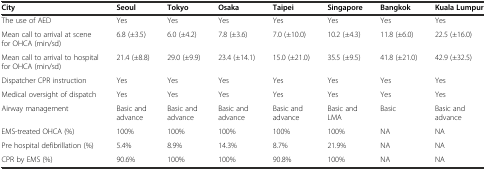
<table><thead><tr><td><b>City</b></td><td><b>Seoul</b></td><td><b>Tokyo</b></td><td><b>Osaka</b></td><td><b>Taipei</b></td><td><b>Singapore</b></td><td><b>Bangkok</b></td><td><b>Kuala Lumpur</b></td></tr></thead><tbody><tr><td>The use of AED</td><td>Yes</td><td>Yes</td><td>Yes</td><td>Yes</td><td>Yes</td><td>Yes</td><td>Yes</td></tr><tr><td>Mean call to arrival at scene for OHCA (min/sd)</td><td>6.8 (±3.5)</td><td>6.0 (±4.2)</td><td>7.8 (±3.6)</td><td>7.0 (±10.0)</td><td>10.2 (±4.3)</td><td>11.8 (±6.0)</td><td>22.5 (±16.0)</td></tr><tr><td>Mean call to arrival to hospital for OHCA (min/sd)</td><td>21.4 (±8.8)</td><td>29.0 (±9.9)</td><td>23.4 (±14.1)</td><td>15.0 (±21.0)</td><td>35.5 (±9.5)</td><td>41.8 (±21.0)</td><td>42.9 (±32.5)</td></tr><tr><td>Dispatcher CPR instruction</td><td>Yes</td><td>Yes</td><td>Yes</td><td>Yes</td><td>Yes</td><td>Yes</td><td>Yes</td></tr><tr><td>Medical oversight of dispatch</td><td>Yes</td><td>Yes</td><td>Yes</td><td>Yes</td><td>Yes</td><td>Yes</td><td>Yes</td></tr><tr><td>Airway management</td><td>Basic and advance</td><td>Basic and advance</td><td>Basic and advance</td><td>Basic and advance</td><td>Basic and LMA</td><td>Basic</td><td>Basic and advance</td></tr><tr><td>EMS-treated OHCA (%)</td><td>100%</td><td>100%</td><td>100%</td><td>100%</td><td>100%</td><td>NA</td><td>NA</td></tr><tr><td>Pre hospital defibrillation (%)</td><td>5.4%</td><td>8.9%</td><td>14.3%</td><td>8.7%</td><td>21.9%</td><td>NA</td><td>NA</td></tr><tr><td>CPR by EMS (%)</td><td>90.6%</td><td>100%</td><td>100%</td><td>90.8%</td><td>100%</td><td>NA</td><td>NA</td></tr></tbody></table>